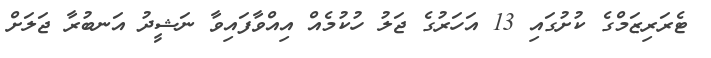
ޓެރަރިޒަމްގެ ކުށުގައި 13 އަހަރުގެ ޖަލު ހުކުމެއް އިއްވާފައިވާ ނަޝީދު އަނބުރާ ޖަލަށް